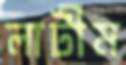
লাটীম